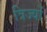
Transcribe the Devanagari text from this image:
त्रिज्यों